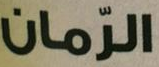
الرمان